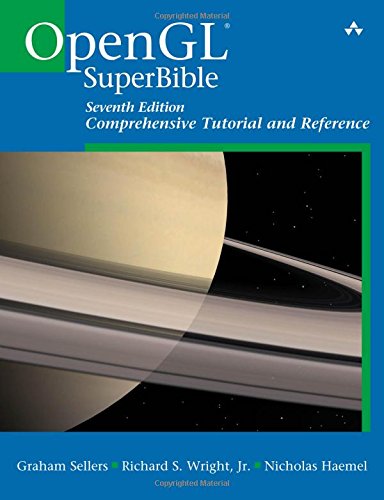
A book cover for OpenGL Superbible: Comprehensive Tutorial and Reference (7th Edition); Graham Sellers; Computers & Technology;